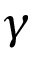
\gamma